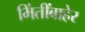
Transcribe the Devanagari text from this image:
भिंतींबाहेर